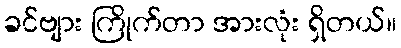
ခင်ဗျား ကြိုက်တာ အားလုံး ရှိတယ်။